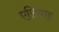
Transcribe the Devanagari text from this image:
एसियाइ